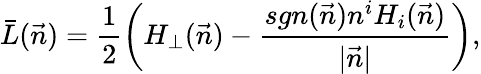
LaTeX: \bar{L}(\vec{n})=\frac{1}{2}\left(H_{\perp}(\vec{n})-\frac{sgn(\vec{n})n^{i}H_{i}(\vec{n})}{|\vec{n}|}\right),